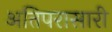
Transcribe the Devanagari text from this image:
अतिपरासारी